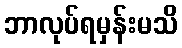
ဘာလုပ်ရမှန်းမသိ